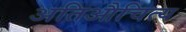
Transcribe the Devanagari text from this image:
अतिऔचित्य